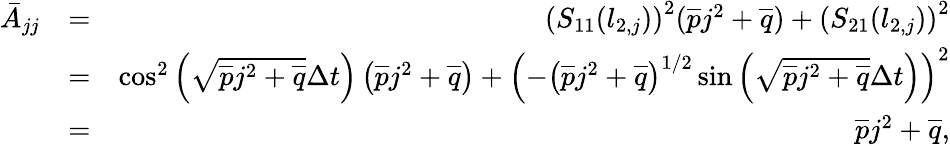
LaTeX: \begin{array}{rlr}{\bar{A}_{jj}}&{=}&{\left(S_{11}(l_{2,j})\right)^{2}(\overline{{p}}j^{2}+\overline{{q}})+\left(S_{21}(l_{2,j})\right)^{2}}\\ &{=}&{\cos^{2}\left(\sqrt{\overline{{p}}j^{2}+\overline{{q}}}\Delta t\right)\left(\overline{{p}}j^{2}+\overline{{q}}\right)+\left(-\left(\overline{{p}}j^{2}+\overline{{q}}\right)^{1/2}\sin\left(\sqrt{\overline{{p}}j^{2}+\overline{{q}}}\Delta t\right)\right)^{2}}\\ &{=}&{\overline{{p}}j^{2}+\overline{{q}},}\end{array}